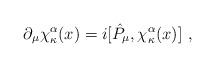
LaTeX: \begin{align*}\partial _{\mu }\chi _{\kappa }^{\alpha }(x)=i[\hat{P}_{\mu },\chi _{\kappa}^{\alpha }(x)]\,\,, \end{align*}